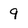
Character: 9